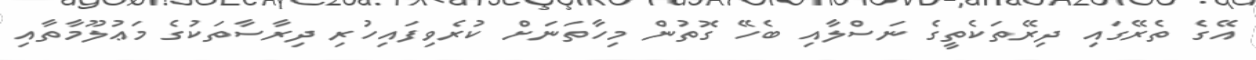
އޭގެ ތެރޭގައި ދިރޭތަކެތީގެ ނަސްލާއި ބެހޭ ގޮތުން މިހާތަނަށް ކުރެވިފައިހުރި ދިރާސާތަކުގެ މަޢުލޫމާތާއި